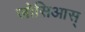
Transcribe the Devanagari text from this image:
जोसिआस्